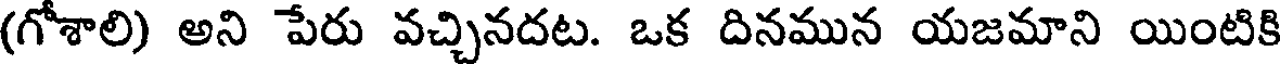
(గోశాలి) అని పేరు వచ్చినదట. ఒక దినమున యజమాని యింటికి